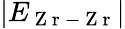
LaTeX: \lvert E_{\mathrm{~Z~r~-~Z~r~}}\rvert